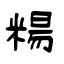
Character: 糃